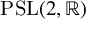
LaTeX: \mathrm { { P S L } } ( 2 , \mathbb { R } )